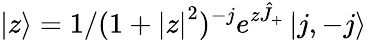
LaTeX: \left|z\right>=1/(1+\left|z\right|^{2})^{-j}e^{z\hat{J}_{+}}\left|j,-j\right>